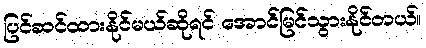
ပြင်ဆင်ထားနိုင်မယ်ဆိုရင် အောင်မြင်သွားနိုင်တယ်။